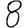
Digit: 8